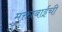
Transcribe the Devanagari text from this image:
मुक्ताबाईची